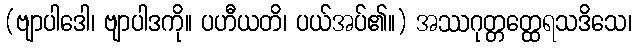
(ဗျာပါဒေါ၊ ဗျာပါဒကို။ ပဟီယတိ၊ ပယ်အပ်၏။) အဿဂုတ္တတ္ထေရသဒိသေ၊